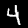
Label: 4